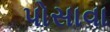
પોસાવા